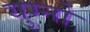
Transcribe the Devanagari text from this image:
युग्नो